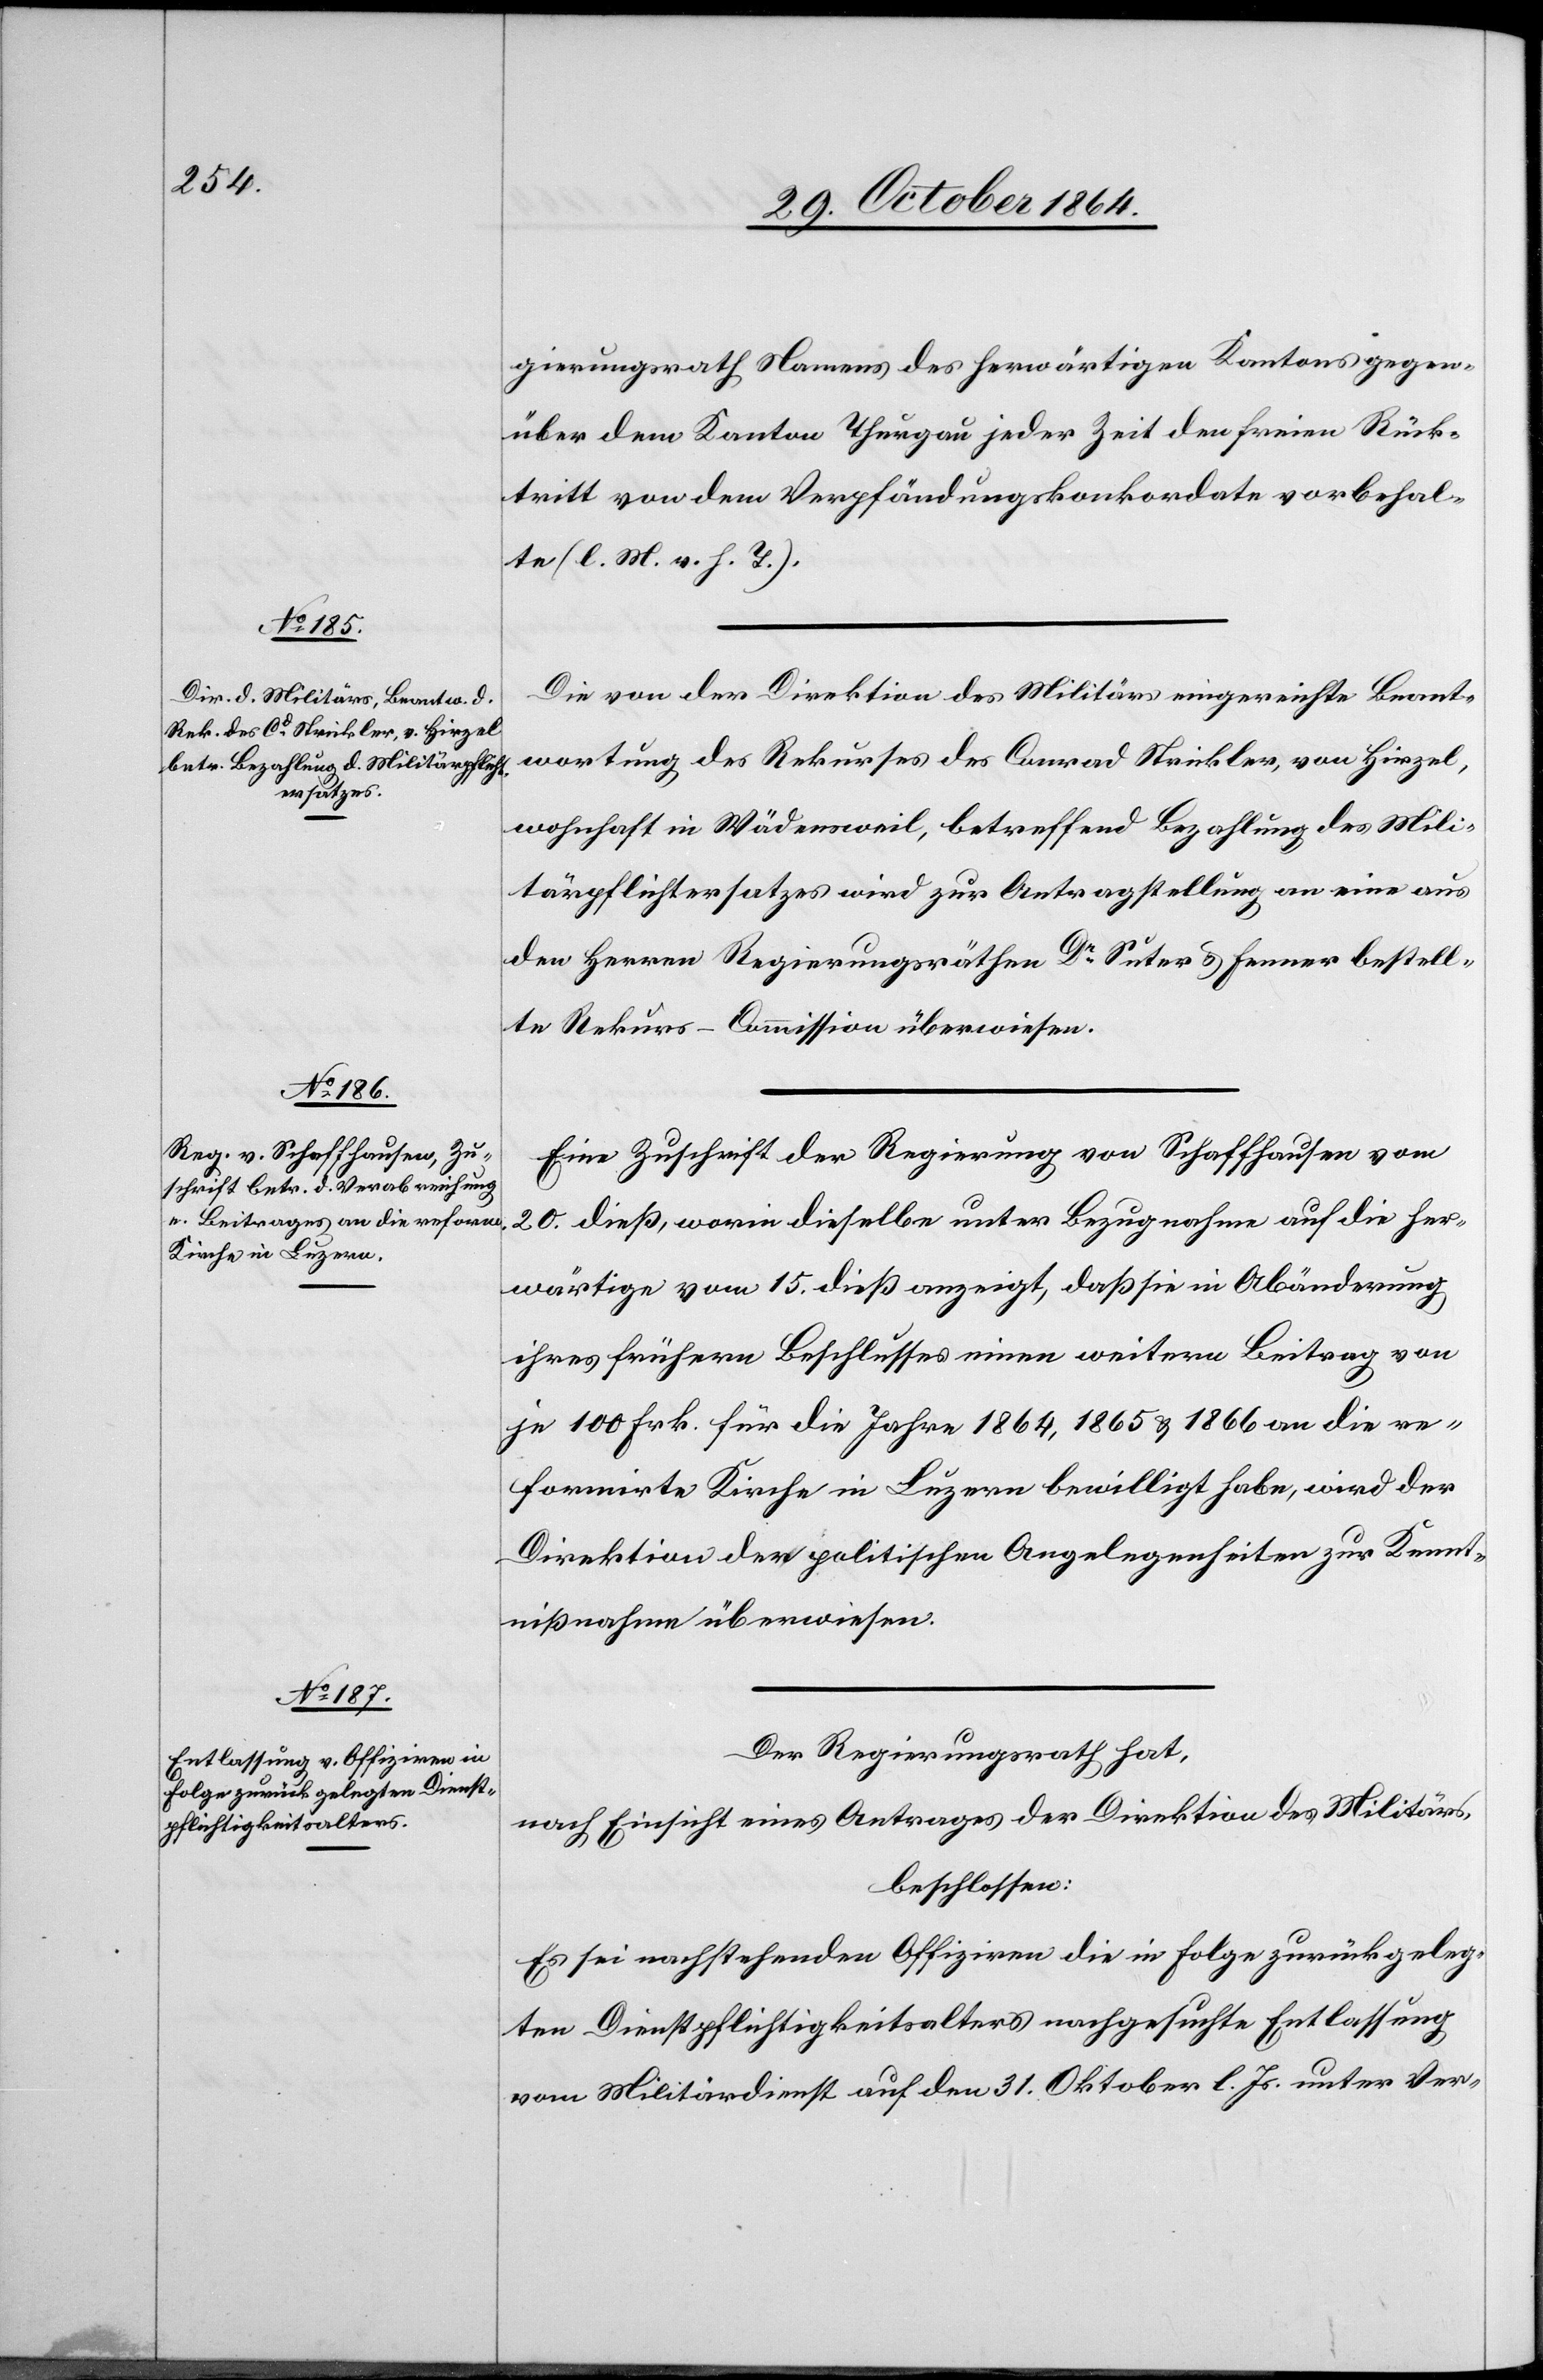
gierungsrath Namens des herwärtigen Kantons gegen¬
über dem Kanton Thurgau jeder Zeit den freien Rück¬
tritt von dem Verpfändungskonkordate vorbehal¬
te (l. M. v. h. T.).
Die von der Direktion des Militärs eingereichte Beant¬
wortung des Rekurses des Conrad Strickler, von Hirzel,
wohnhaft in Wädensweil, betreffend Bezahlung des Mili¬
tärpflichtersatzes wird zur Antragstellung an eine aus
den Herren Regierungsräthen Dr Suter & Fenner bestell¬
ten Rekurs-Commission überwiesen.
Eine Zuschrift der Regierung von Schaffhausen vom
20. dieß, worin dieselbe unter Bezugnahme auf die her¬
wärtige vom 15. dieß anzeigt, daß sie in Abänderung
ihres frühern Beschlusses einen weitern Beitrag von
je 100 Frk. für die Jahre 1864, 1865 & 1866 an die re¬
formirte Kirche in Luzern bewilligt habe, wird der
Direktion der politischen Angelegenheiten zur Kennt¬
nißnahme überwiesen.
Der Regierungsrath hat,
nach Einsicht eines Antrages der Direktion des Militärs,
beschlossen:
Es sei nachstehenden Offizieren die in Folge zurückgeleg¬
ten Dienstpflichtigkeitsalters nachgesuchte Entlassung
vom Militärdienst auf den 31. Oktober l. Js. unter Ver-